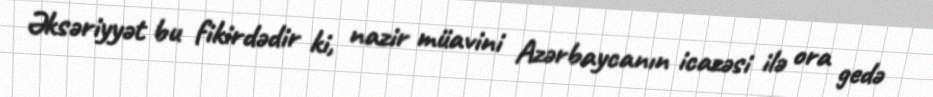
Əksəriyyət bu fikirdədir ki, nazir müavini Azərbaycanın icazəsi ilə ora gedə